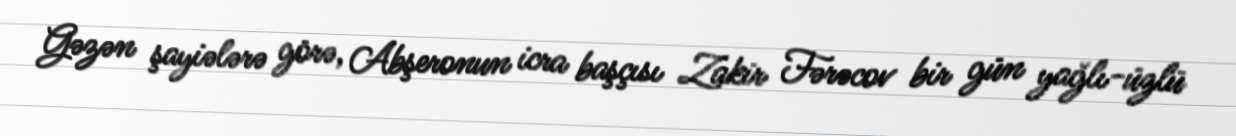
Gəzən şayiələrə görə, Abşeronun icra başçısı Zakir Fərəcov bir gün yağlı-üzlü